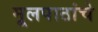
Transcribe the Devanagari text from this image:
मूलपाठांचे